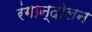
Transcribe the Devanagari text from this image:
रंगान्दोलन